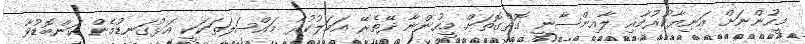
މީހުންނަށް އަނިޔާކުރުމާއި ލާއިންސާނީ ގޮތްގޮތަށް މީހުންނާ ދޭތެރޭ އަމަލުކުރާ މައްސަލަތަކަކީ އަޅުގަނޑުމެން ކަންބޮޑުވާ